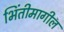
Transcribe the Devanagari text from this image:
भिंतीमागील